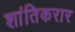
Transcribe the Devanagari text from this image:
शांतिकरार